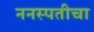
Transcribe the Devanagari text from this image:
ननस्पतीचा